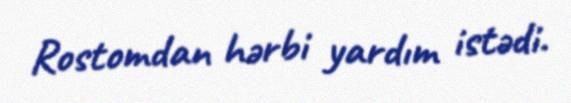
Rostomdan hərbi yardım istədi.